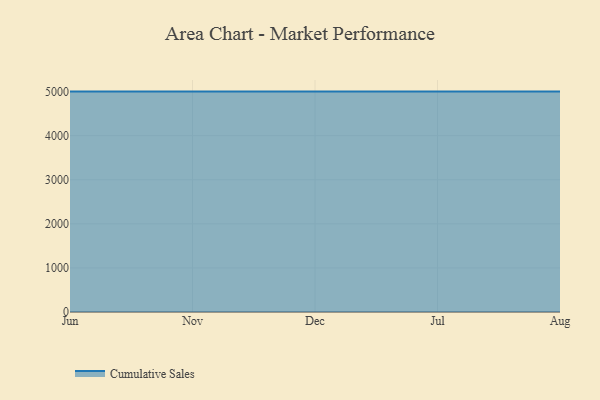
{"axis": {"x": "Month", "y": "Backlog"}, "legend": ["Cumulative Sales"], "data": [{"x": "Jun", "y": 5000, "type": "Cumulative Sales"}, {"x": "Nov", "y": 5000, "type": "Cumulative Sales"}, {"x": "Dec", "y": 5000, "type": "Cumulative Sales"}, {"x": "Jul", "y": 5000, "type": "Cumulative Sales"}, {"x": "Aug", "y": 5000, "type": "Cumulative Sales"}]}